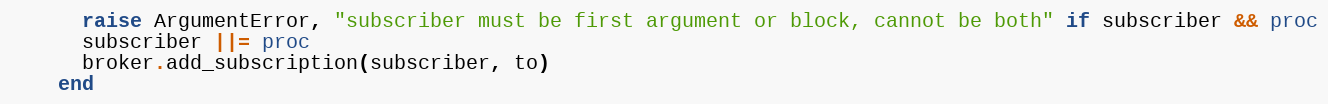
Language: Ruby
      raise ArgumentError, "subscriber must be first argument or block, cannot be both" if subscriber && proc
      subscriber ||= proc
      broker.add_subscription(subscriber, to)
    end